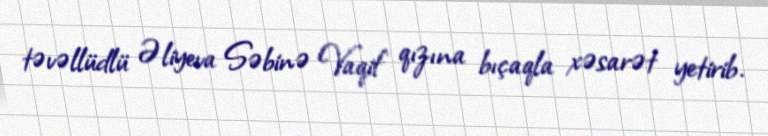
təvəllüdlü Əliyeva Səbinə Vaqif qızına bıçaqla xəsarət yetirib.